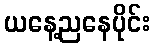
ယနေ့ညနေပိုင်း